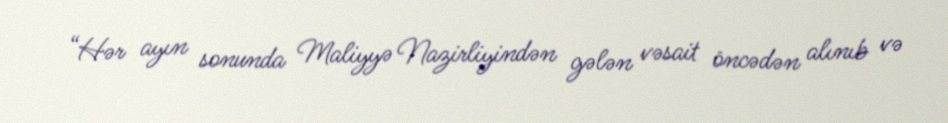
“Hər ayın sonunda Maliyyə Nazirliyindən gələn vəsait öncədən alınıb və